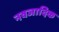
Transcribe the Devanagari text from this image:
नवजादिक